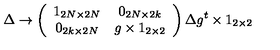
\Delta \rightarrow \left( \begin{array} { c c } { 1 _ { 2 N \times 2 N } } & { 0 _ { 2 N \times 2 k } } \\ { 0 _ { 2 k \times 2 N } } & { g \times 1 _ { 2 \times 2 } } \\ \end{array} \right) \Delta g ^ { t } \times 1 _ { 2 \times 2 }